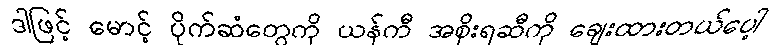
ဒါဖြင့် မောင့် ပိုက်ဆံတွေကို ယန်ကီ အစိုးရဆီကို ချေးထားတယ်ပေါ့